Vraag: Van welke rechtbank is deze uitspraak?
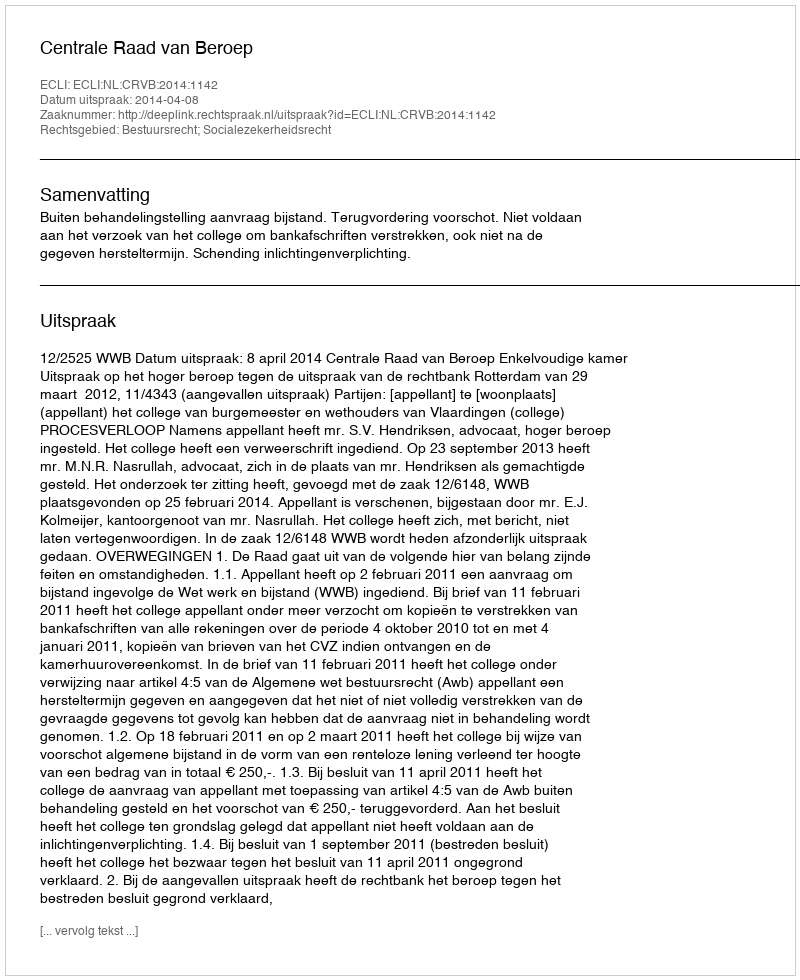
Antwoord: Centrale Raad van Beroep